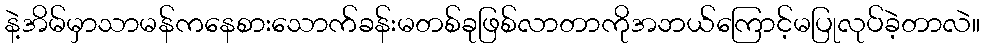
နဲ့အိမ်မှာသာမန်ကနေစားသောက်ခန်းမတစ်ခုဖြစ်လာတာကိုအဘယ်ကြောင့်မပြုလုပ်ခဲ့တာလဲ။